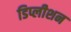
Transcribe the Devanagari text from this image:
डिप्लीशन